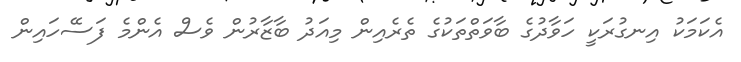
އެކަމަކު އިނގުރަކީ ހަވާދުގެ ބާވަތްތަކުގެ ތެރެއިން މިއަދު ބާޒާރުން ވެސް އެންމެ ފަސޭހައިން